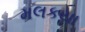
મલકયા